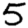
Digit: 5